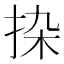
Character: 𰓟